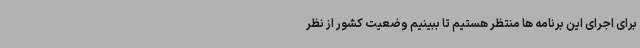
برای اجرای این برنامه ها منتظر هستیم تا ببینیم وضعیت کشور از نظر